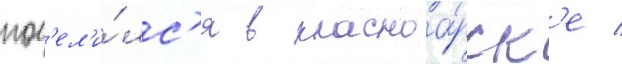
пос'ел'и́лс'я в красноа́рск'е /